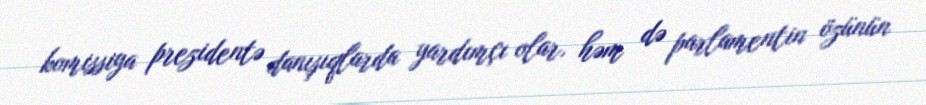
komissiya prezidentə danışıqlarda yardımçı olar, həm də parlamentin özünün